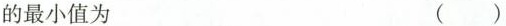
的最小值为 ( )